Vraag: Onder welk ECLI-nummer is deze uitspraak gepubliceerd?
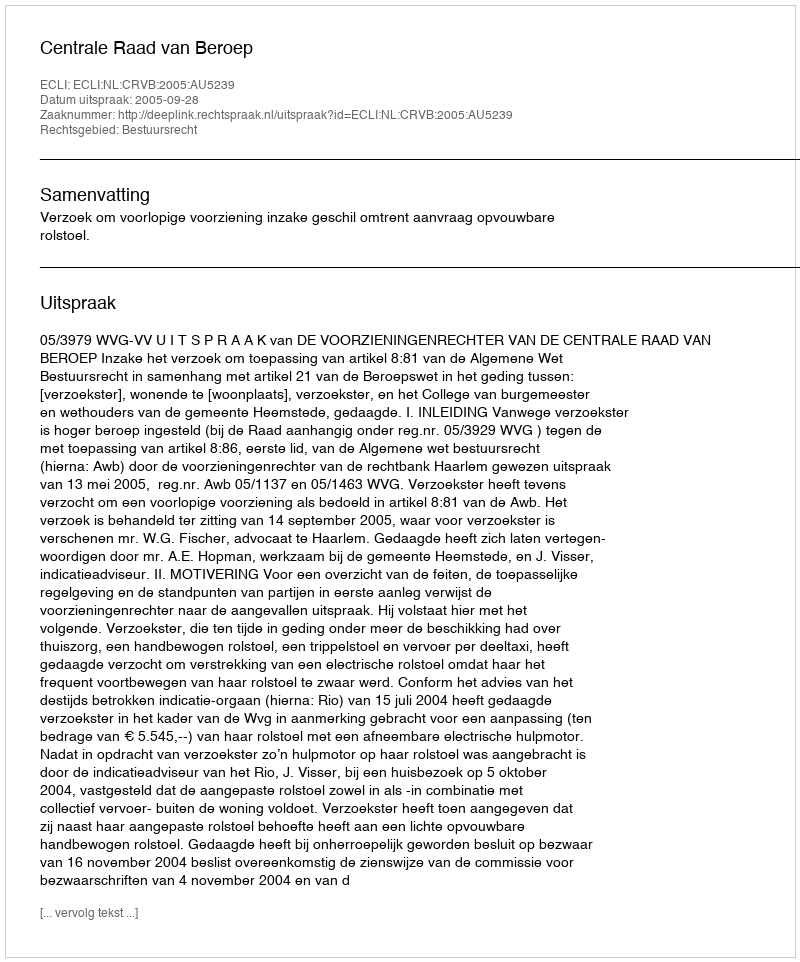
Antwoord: ECLI:NL:CRVB:2005:AU5239